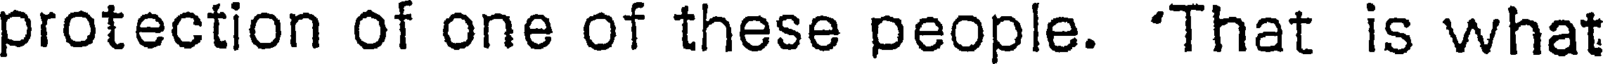
protection of one of these people. 'That is what